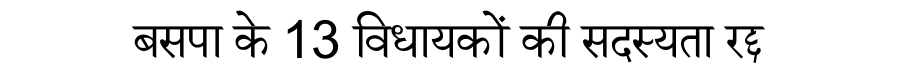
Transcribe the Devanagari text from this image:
बसपा के 13 विधायकों की सदस्यता रद्द